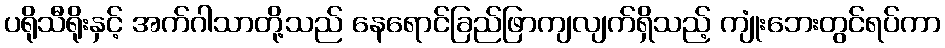
ပရိုသီရိုးနှင့် အက်ဂါသာတို့သည် နေရောင်ခြည်ဖြာကျလျက်ရှိသည့် ကျုံးဘေးတွင်ရပ်ကာ